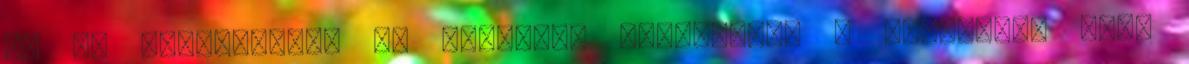
őt és elfutottak. és elvitték Kaifáshoz, a főpaphoz, ahol